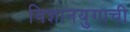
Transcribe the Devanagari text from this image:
विज्ञानयुगाची